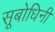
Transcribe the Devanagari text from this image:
सूबोधिनी